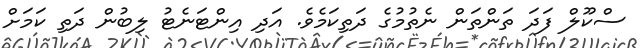
ސްކޫލް ފަދަ ތަންތަން ނެތުމުގެ ދަތިކަމެވެ. އަދި އިންޓަނެޓު ލިބުން ދަތި ކަމަށް